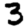
Digit: 3